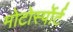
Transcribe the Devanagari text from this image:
मोटोर्स्पोर्ट